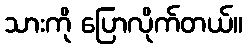
သားကို ပြောလိုက်တယ်။